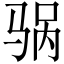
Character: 䯄